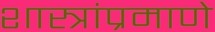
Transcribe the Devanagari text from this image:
शास्त्रांप्रमाणे